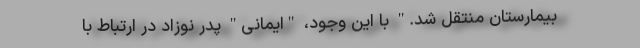
بیمارستان منتقل شد." با این وجود، "ایمانی" پدر نوزاد در ارتباط با